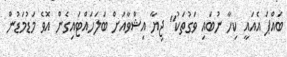
ބައްޕަ އެއައީ ކިހާ ނުބައި ވަގުތަކު" ޖިޔާ އިޝްވާއަށް ބަލަހައްޓައިގެން އޮވެ މަޑުމަޑުން